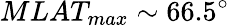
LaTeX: MLAT_{max}\sim 66.5^{\circ}